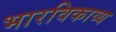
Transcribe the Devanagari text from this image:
भारविकाव्य